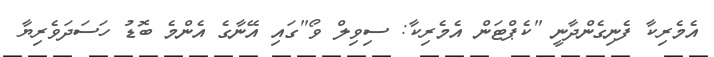
އެމެރިކާ ފެނިގެންދާނީ "ކެޕްޓަން އެމެރިކާ: ސިވިލް ވޯ"ގައި އޭނާގެ އެންމެ ބޮޑު ހަސަދަވެރިޔާ